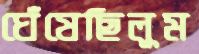
ঘেঁষেছিলুম